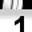
Digit: 1